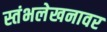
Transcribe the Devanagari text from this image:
स्तंभलेखनावर